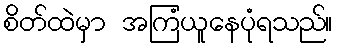
စိတ်ထဲမှာ အကြံယူနေပုံရသည်။